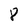
Character: 8